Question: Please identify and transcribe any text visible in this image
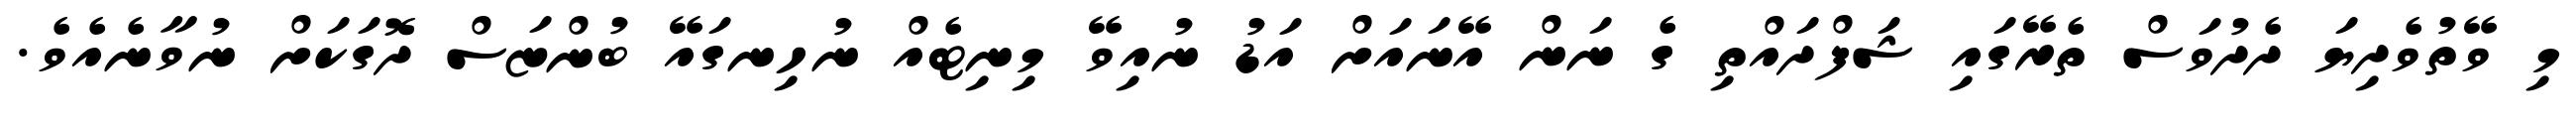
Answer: މި ވޭތުވެދިޔަ ދެދުވަސް ތެރޭގައި ޝަފްދައްތި ގެ ނަން އޭނައަށް އަޑު ނުއިވޭ މިނިޓެއް ނުހިނގައޭ ބުންޏަސް ދޮގަކަށް ނުވާނެއެވެ.